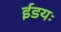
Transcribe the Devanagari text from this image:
ईडयः